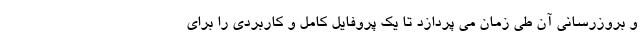
و بروزرسانی آن طی زمان می پردازد تا یک پروفایل کامل و کاربردی را برای